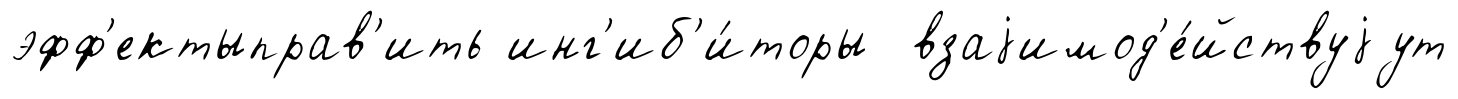
эфф'ектыправ'ить инг'иб'и́торы взаjимод'е́йствуjут